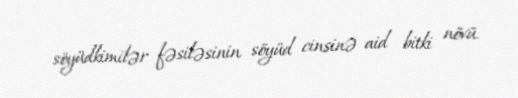
söyüdkimilər fəsiləsinin söyüd cinsinə aid bitki növü.